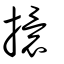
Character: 擐